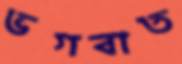
ভগবাত